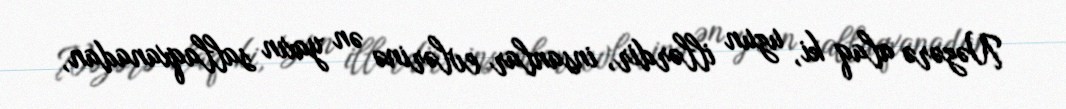
Nəzərə alaq ki, uzun illərdir, insanlar evlərinə ən yaxın sallaqxanadan,